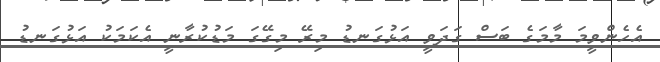
އެހެންވީމަ މާމަގެ ބަސް ގަދަވީ އަޅުގަނޑު މިރޭ މިގޭގަ މަޑުކުރާނީ އެކަމަކު އަޅުގަނޑު